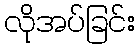
လိုအပ်ခြင်း